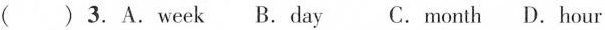
( )3.A.week B.day C.month D.hour